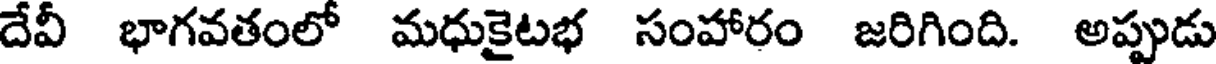
దేవీ భాగవతంలో మధుకైటభ సంహారం జరిగింది. అప్పుడు